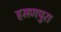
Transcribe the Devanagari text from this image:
हसणपुरा